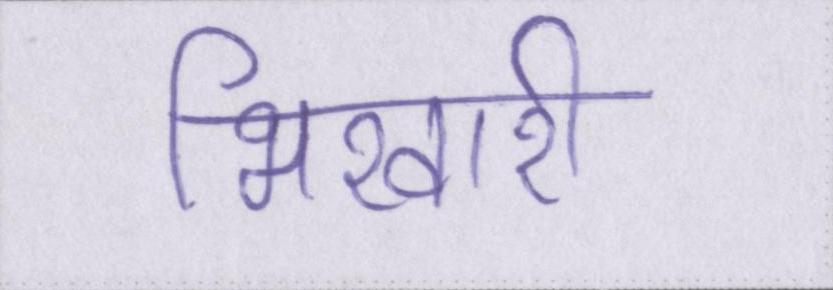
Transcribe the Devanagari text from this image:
भिखारी